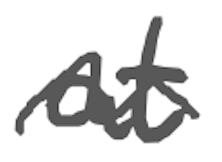
Text: at
Cross-out: wave
Writing tool: digital_gray